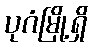
ပုဂံမြို့ရှိ